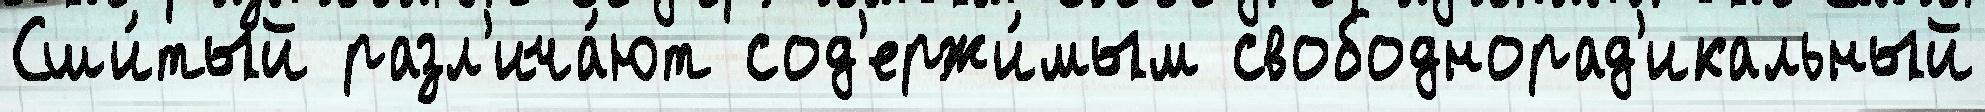
Сши́тый разл'ича́ют сод'ержи́мым свободнорад'икальный